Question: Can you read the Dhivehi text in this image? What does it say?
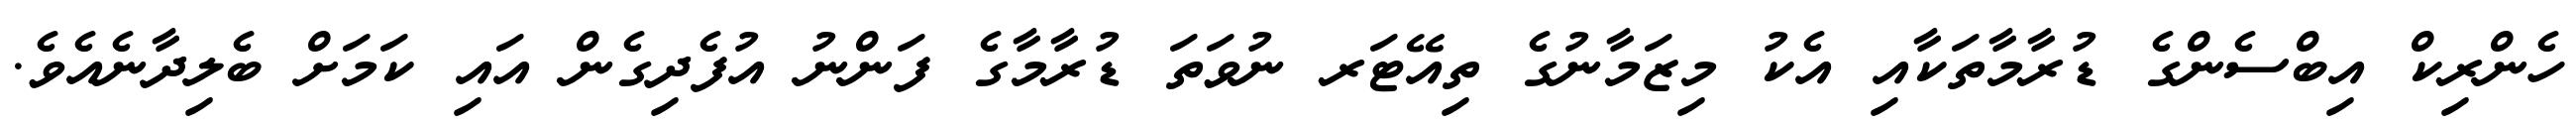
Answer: ހެންރިކް އިބްސެންގެ ޑުރާމާތަކާއި އެކު މިޒަމާނުގެ ތިއޭޓަރ ނުވަތަ ޑުރާމާގެ ފަންނު އުފެދިގެން އައި ކަމަށް ބެލިދާނެއެވެ.